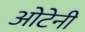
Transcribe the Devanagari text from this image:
ओटेनी